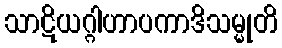
သာဋိယဂ္ဂါဟာပကာဒိသမ္မုတိ